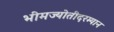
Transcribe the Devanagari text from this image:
भीमज्योतीदरम्यान